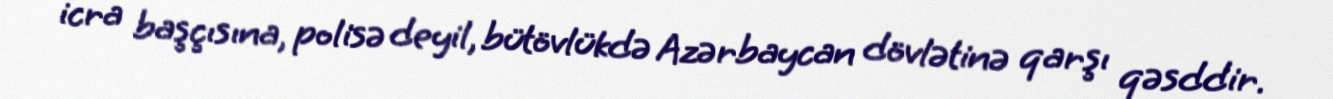
icra başçısına, polisə deyil, bütövlükdə Azərbaycan dövlətinə qarşı qəsddir.